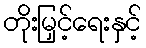
တိုးမြှင့်ရေးနှင့်